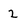
Character: 2